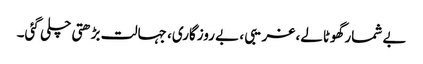
بے شمار گھوٹالے، غریبی ، بے روزگاری، جہالت بڑھتی چلی گئی۔